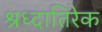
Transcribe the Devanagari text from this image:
श्रध्दातिरेक